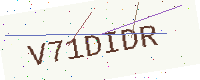
Text: V71DIDR